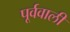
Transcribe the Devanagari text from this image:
पूर्ववाली